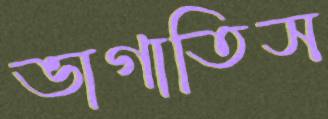
ভাগাতিস